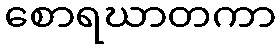
စောရဃာတကာ